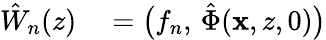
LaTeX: \begin{array}{rl}{\hat{W}_{n}(z)}&{{}=\bigl(f_{n},\, \hat{\Phi}(\mathbf{x},z,0)\bigr)}\end{array}